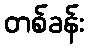
တစ်ခန်း